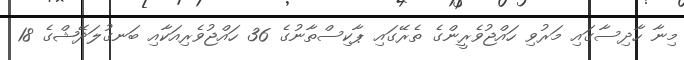
މިނާ ހާދިސާގައި މަރުވި ހައްޖުވެރީންގެ ތެރޭގައި ޕާކިސްތާނުގެ 36 ހައްޖުވެރިއަކާއި ބަނގުލަދޭޝްގެ 18